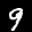
Label: 9